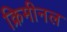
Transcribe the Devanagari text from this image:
क्रिमीनल